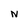
Character: N